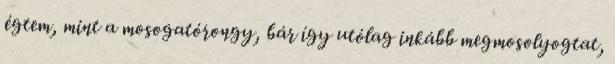
égtem, mint a mosogatórongy, bár így utólag inkább megmosolyogtat,